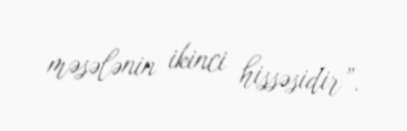
məsələnin ikinci hissəsidir”.